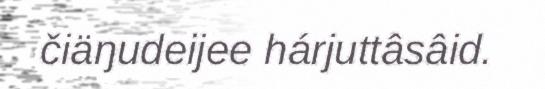
čiäŋudeijee hárjuttâsâid.